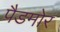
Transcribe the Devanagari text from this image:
पैडमोर